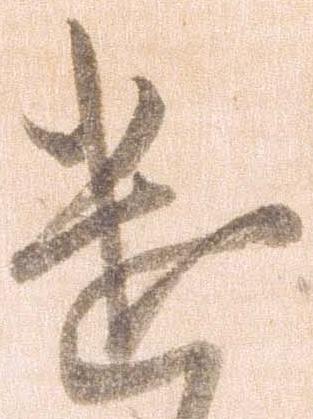
遣